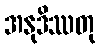
အနုဒိဿတု